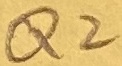
Text: Q2